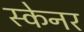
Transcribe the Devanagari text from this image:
स्‍केनर